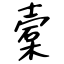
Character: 槖